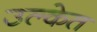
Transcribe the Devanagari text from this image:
उल्केत